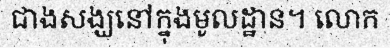
ជាងសង្ឃនៅក្នុងមូលដ្ឋាន។ លោក